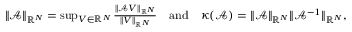
\begin{array} { r } { \| \mathcal { A } \| _ { \mathbb { R } ^ { N } } = \operatorname* { s u p } _ { V \in \mathbb { R } ^ { N } } \frac { \| \mathcal { A } V \| _ { \mathbb { R } ^ { N } } } { \| V \| _ { \mathbb { R } ^ { N } } } \quad \mathrm { a n d } \quad \kappa ( \mathcal { A } ) = \| \mathcal { A } \| _ { \mathbb { R } ^ { N } } \| \mathcal { A } ^ { - 1 } \| _ { \mathbb { R } ^ { N } } , } \end{array}